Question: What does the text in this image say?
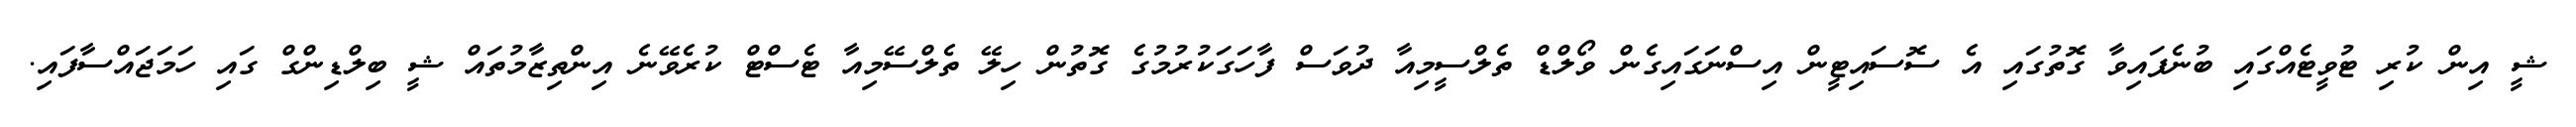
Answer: ޝީ އިން ކުރި ޓުވީޓެއްގައި ބުނެފައިވާ ގޮތުގައި އެ ސޮސައިޓީން އިސްނަގައިގެން ވޯލްޑް ތެލްސީމިއާ ދުވަސް ފާހަގަކުރުމުގެ ގޮތުން ހިލޭ ތެލްސޭމިއާ ޓެސްޓް ކުރެވޭނެ އިންތިޒާމުތައް ޝީ ބިލްޑިންގް ގައި ހަމަޖައްސާފައި.